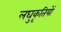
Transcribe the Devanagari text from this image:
लघुकृतियों